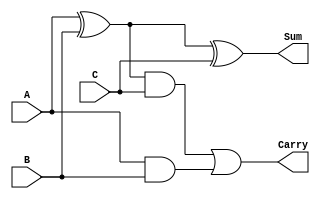
`timescale 1ns / 1ps
//////////////////////////////////////////////////////////////////////////////////
// Company: 
// Engineer: 
// 
// Design Name: 
// Module Name: fullAdder
// Project Name: 
// Target Devices: 
// Tool Versions: 
// Description: 
// 
// Dependencies: 
// 
// Revision:
// Revision 0.01 - File Created
// Additional Comments:
// 
//////////////////////////////////////////////////////////////////////////////////

module fullAdder(
    input A,
    input B,
    input C,
    output Sum,
    output Carry
    );
    assign Sum = A^B^C;
    assign Carry = ((A^B)&C) | (A&B);
endmodule